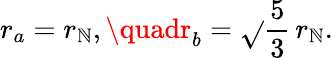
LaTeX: r_{a}=r_{\mathbb{N}},\quadr_{b}=\sqrt{}{{\frac{{5}}{{3}}}}\, r_{\mathbb{N}}.